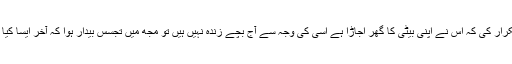
مگر جب اس نے بار بار یہ تکرار کی کہ اس نے اپنی بیٹی کا گھر اجاڑا ہے اسی کی وجہ سے آج بچے زندہ نہیں ہیں تو مجھ میں تجسس بیدار ہوا کہ آخر ایسا کیا ہوا کہ وہ ایسے کہہ رہی ہے ۔